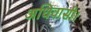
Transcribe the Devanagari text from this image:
अधिवासी।